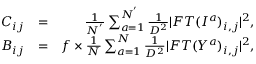
\begin{array} { r l r } { C _ { i j } } & { = } & { \frac { 1 } { N ^ { ' } } \sum _ { a = 1 } ^ { N ^ { ' } } \frac { 1 } { D ^ { 2 } } | F T ( I ^ { a } ) _ { i , j } | ^ { 2 } , } \\ { B _ { i j } } & { = } & { f \times \frac { 1 } { N } \sum _ { a = 1 } ^ { N } \frac { 1 } { D ^ { 2 } } | F T ( Y ^ { a } ) _ { i , j } | ^ { 2 } , } \end{array}